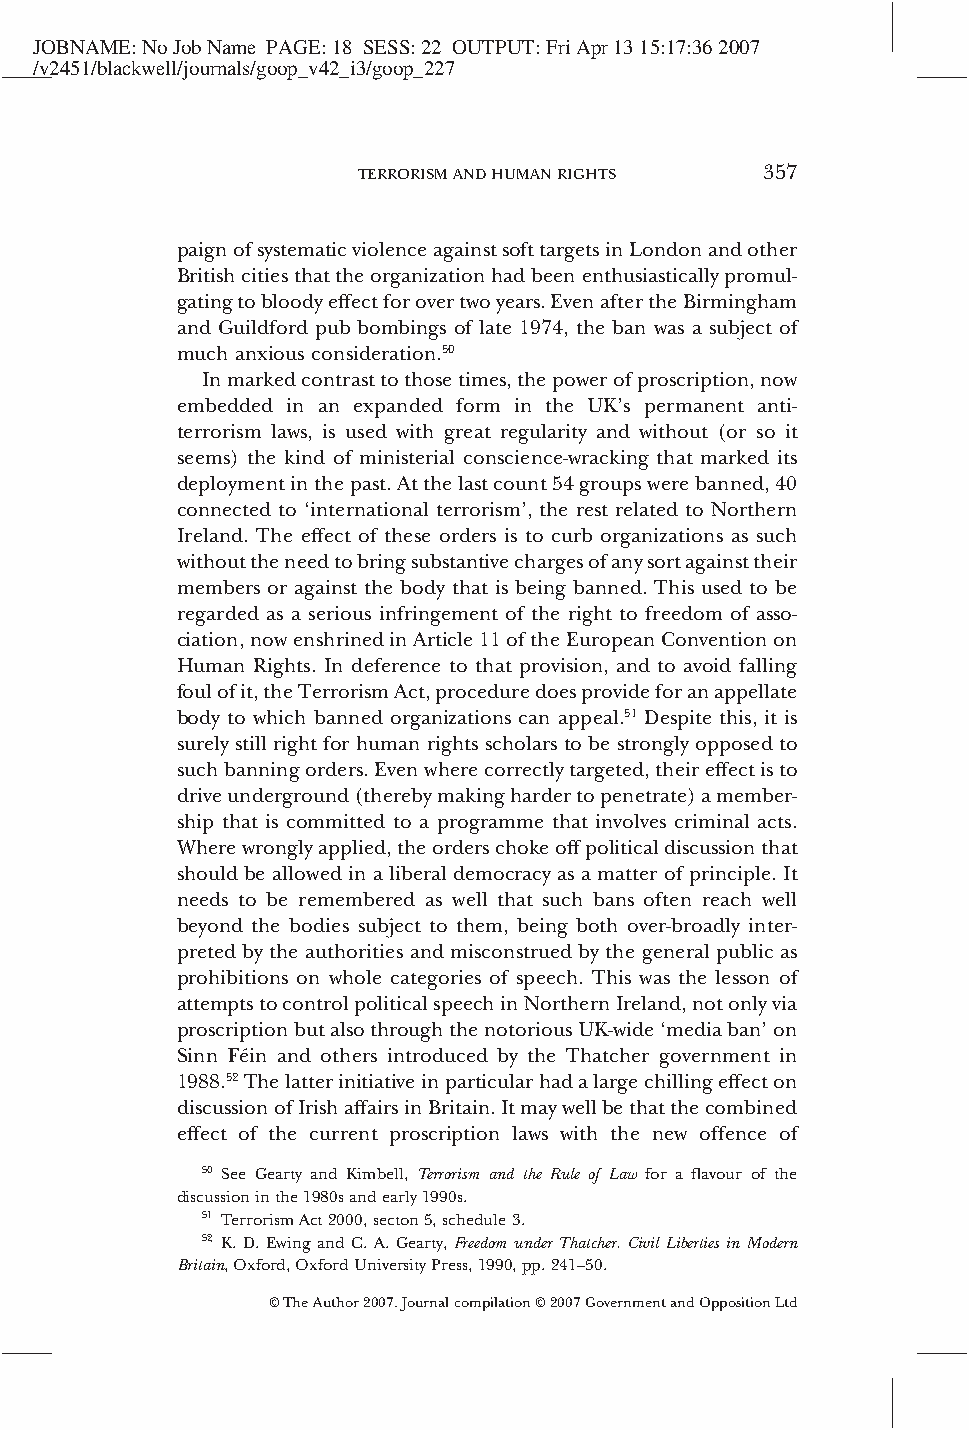
JOBNAME:NoJobName PAGE:18 SESS:22 OUTPUT:FriApr1315:17:362007
 /v2451/blackwell/journals/goop_v42_i3/goop_227
 TERRORISMANDHUMANRIGHTS    357
 paignofsystematicviolenceagainstsofttargetsinLondonandother
 Britishcitiesthattheorganizationhadbeenenthusiasticallypromul-
 gatingtobloodyeffectforovertwoyears.EvenaftertheBirmingham
 and Guildford pub bombings of late 1974, the ban was a subject of
 much anxious consideration.50
 Inmarkedcontrasttothosetimes,thepowerofproscription,now
 embedded in an expanded form in the UK’s permanent anti-
 terrorism laws, is used with great regularity and without (or so it
 seems) the kind of ministerial conscience-wracking that marked its
 deploymentinthepast.Atthelastcount54groupswerebanned,40
 connected to ‘international terrorism’, the rest related to Northern
 Ireland. The effect of these orders is to curb organizations as such
 withouttheneedtobringsubstantivechargesofanysortagainsttheir
 members or against the body that is being banned. This used to be
 regarded as a serious infringement of the right to freedom of asso-
 ciation,nowenshrinedinArticle11oftheEuropeanConventionon
 Human Rights. In deference to that provision, and to avoid falling
 foulofit,theTerrorismAct,proceduredoesprovideforanappellate
 body to which banned organizations can appeal.51 Despite this, it is
 surelystillrightforhumanrightsscholarstobestronglyopposedto
 suchbanningorders.Evenwherecorrectlytargeted,theireffectisto
 driveunderground(therebymakinghardertopenetrate)amember-
 ship that is committed to a programme that involves criminal acts.
 Wherewronglyapplied,theorderschokeoffpoliticaldiscussionthat
 should be allowed in a liberal democracy as a matter of principle. It
 needs to be remembered as well that such bans often reach well
 beyond the bodies subject to them, being both over-broadly inter-
 preted by the authorities and misconstrued by the general public as
 prohibitions on whole categories of speech. This was the lesson of
 attemptstocontrolpoliticalspeechinNorthernIreland,notonlyvia
 proscriptionbutalsothroughthenotoriousUK-wide‘mediaban’on
 Sinn Féin and others introduced by the Thatcher government in
 1988.52Thelatterinitiativeinparticularhadalargechillingeffecton
 discussionofIrishaffairsinBritain.Itmaywellbethatthecombined
 effect of the current proscription laws with the new offence of
 50 See Gearty and Kimbell, Terrorism and the Rule of Law for a flavour of the
 discussioninthe1980sandearly1990s.
 51 TerrorismAct2000,secton5,schedule3.
 52 K. D. Ewing and C. A. Gearty, Freedom under Thatcher. Civil Liberties in Modern
 Britain,Oxford,OxfordUniversityPress,1990,pp.241–50.
 ©TheAuthor2007.Journalcompilation©2007GovernmentandOppositionLtd